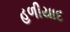
હળીયાદ